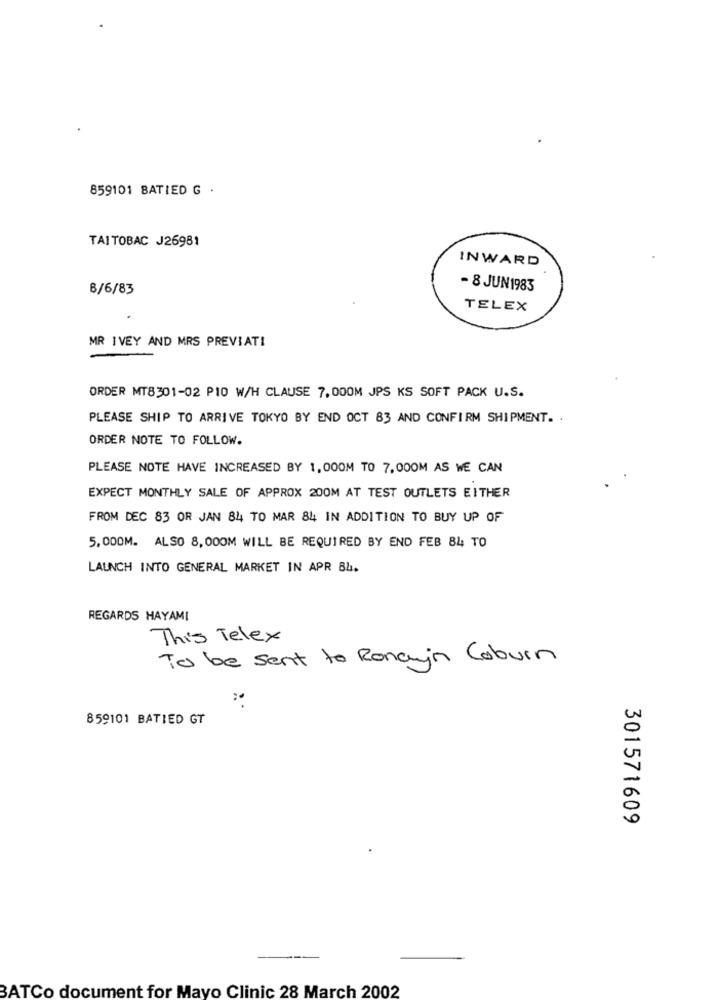
859101 BATIED G .
TAITOBAC J26981
INWARD
6/6/83
- 8 JUN1983
TELEX
MR IVEY AND MRS PREVIATI
ORDER MT8301-02 PIO W/H CLAUSE 7, 000M JPS KS SOFT PACK U.S.
PLEASE SHIP TO ARRIVE TOKYO BY END OCT 83 AND CONFIRM SHIPMENT. .
ORDER NOTE TO FOLLOW.
PLEASE NOTE HAVE INCREASED BY 1,000M TO 7.000M AS WE CAN
EXPECT MONTHLY SALE OF APPROX 200M AT TEST OUTLETS EITHER
FROM DEC 83 OR JAN 84 TO MAR 84 IN ADDITION TO BUY UP OF
5.000M. ALSO 8, 000M WILL BE REQUIRED BY END FEB 84 TO
LAUNCH INTO GENERAL MARKET IN APR BL.
REGARDS HAYAMI
This Telex
To be sent to Ronain Coburn
859101 BATIED GT
301571609
BATCo document for Mayo Clinic 28 March 2002